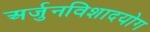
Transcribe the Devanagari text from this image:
अर्जुनविशादयोग